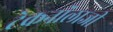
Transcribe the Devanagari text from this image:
टेकनॉलाजी